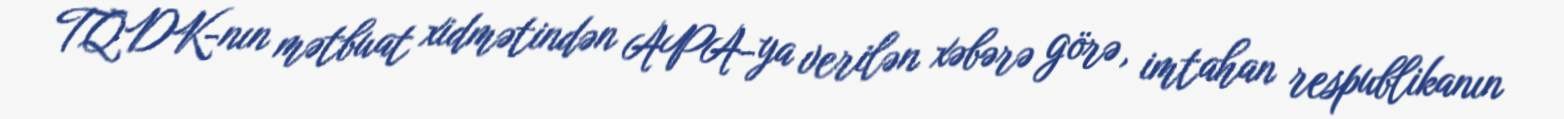
TQDK-nın mətbuat xidmətindən APA-ya verilən xəbərə görə, imtahan respublikanın